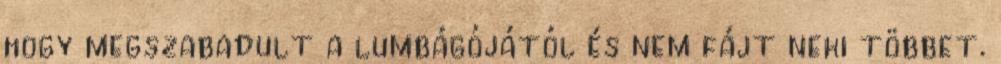
hogy megszabadult a lumbágójától és nem fájt neki többet.